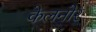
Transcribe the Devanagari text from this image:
केलनोर